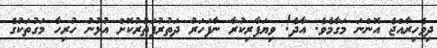
ދިވެހިރާއްޖެ އޮންނަ މަގާމެވެ. އާދެ! ވިޔަފާރިކުރާ ނާފަހަރު ދަތުރުފަތުރުކޮށް އުޅުނު ހުރިހާ މަގުތަކުގެ